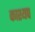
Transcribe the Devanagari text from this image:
काश्‍यप